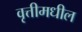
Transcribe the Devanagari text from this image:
वृत्तीमधील